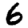
Digit: 6